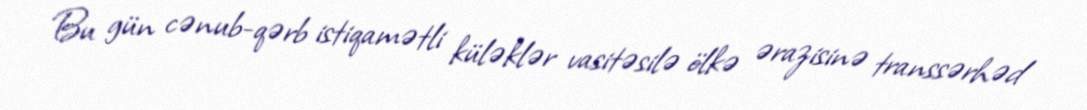
Bu gün cənub-qərb istiqamətli küləklər vasitəsilə ölkə ərazisinə transsərhəd